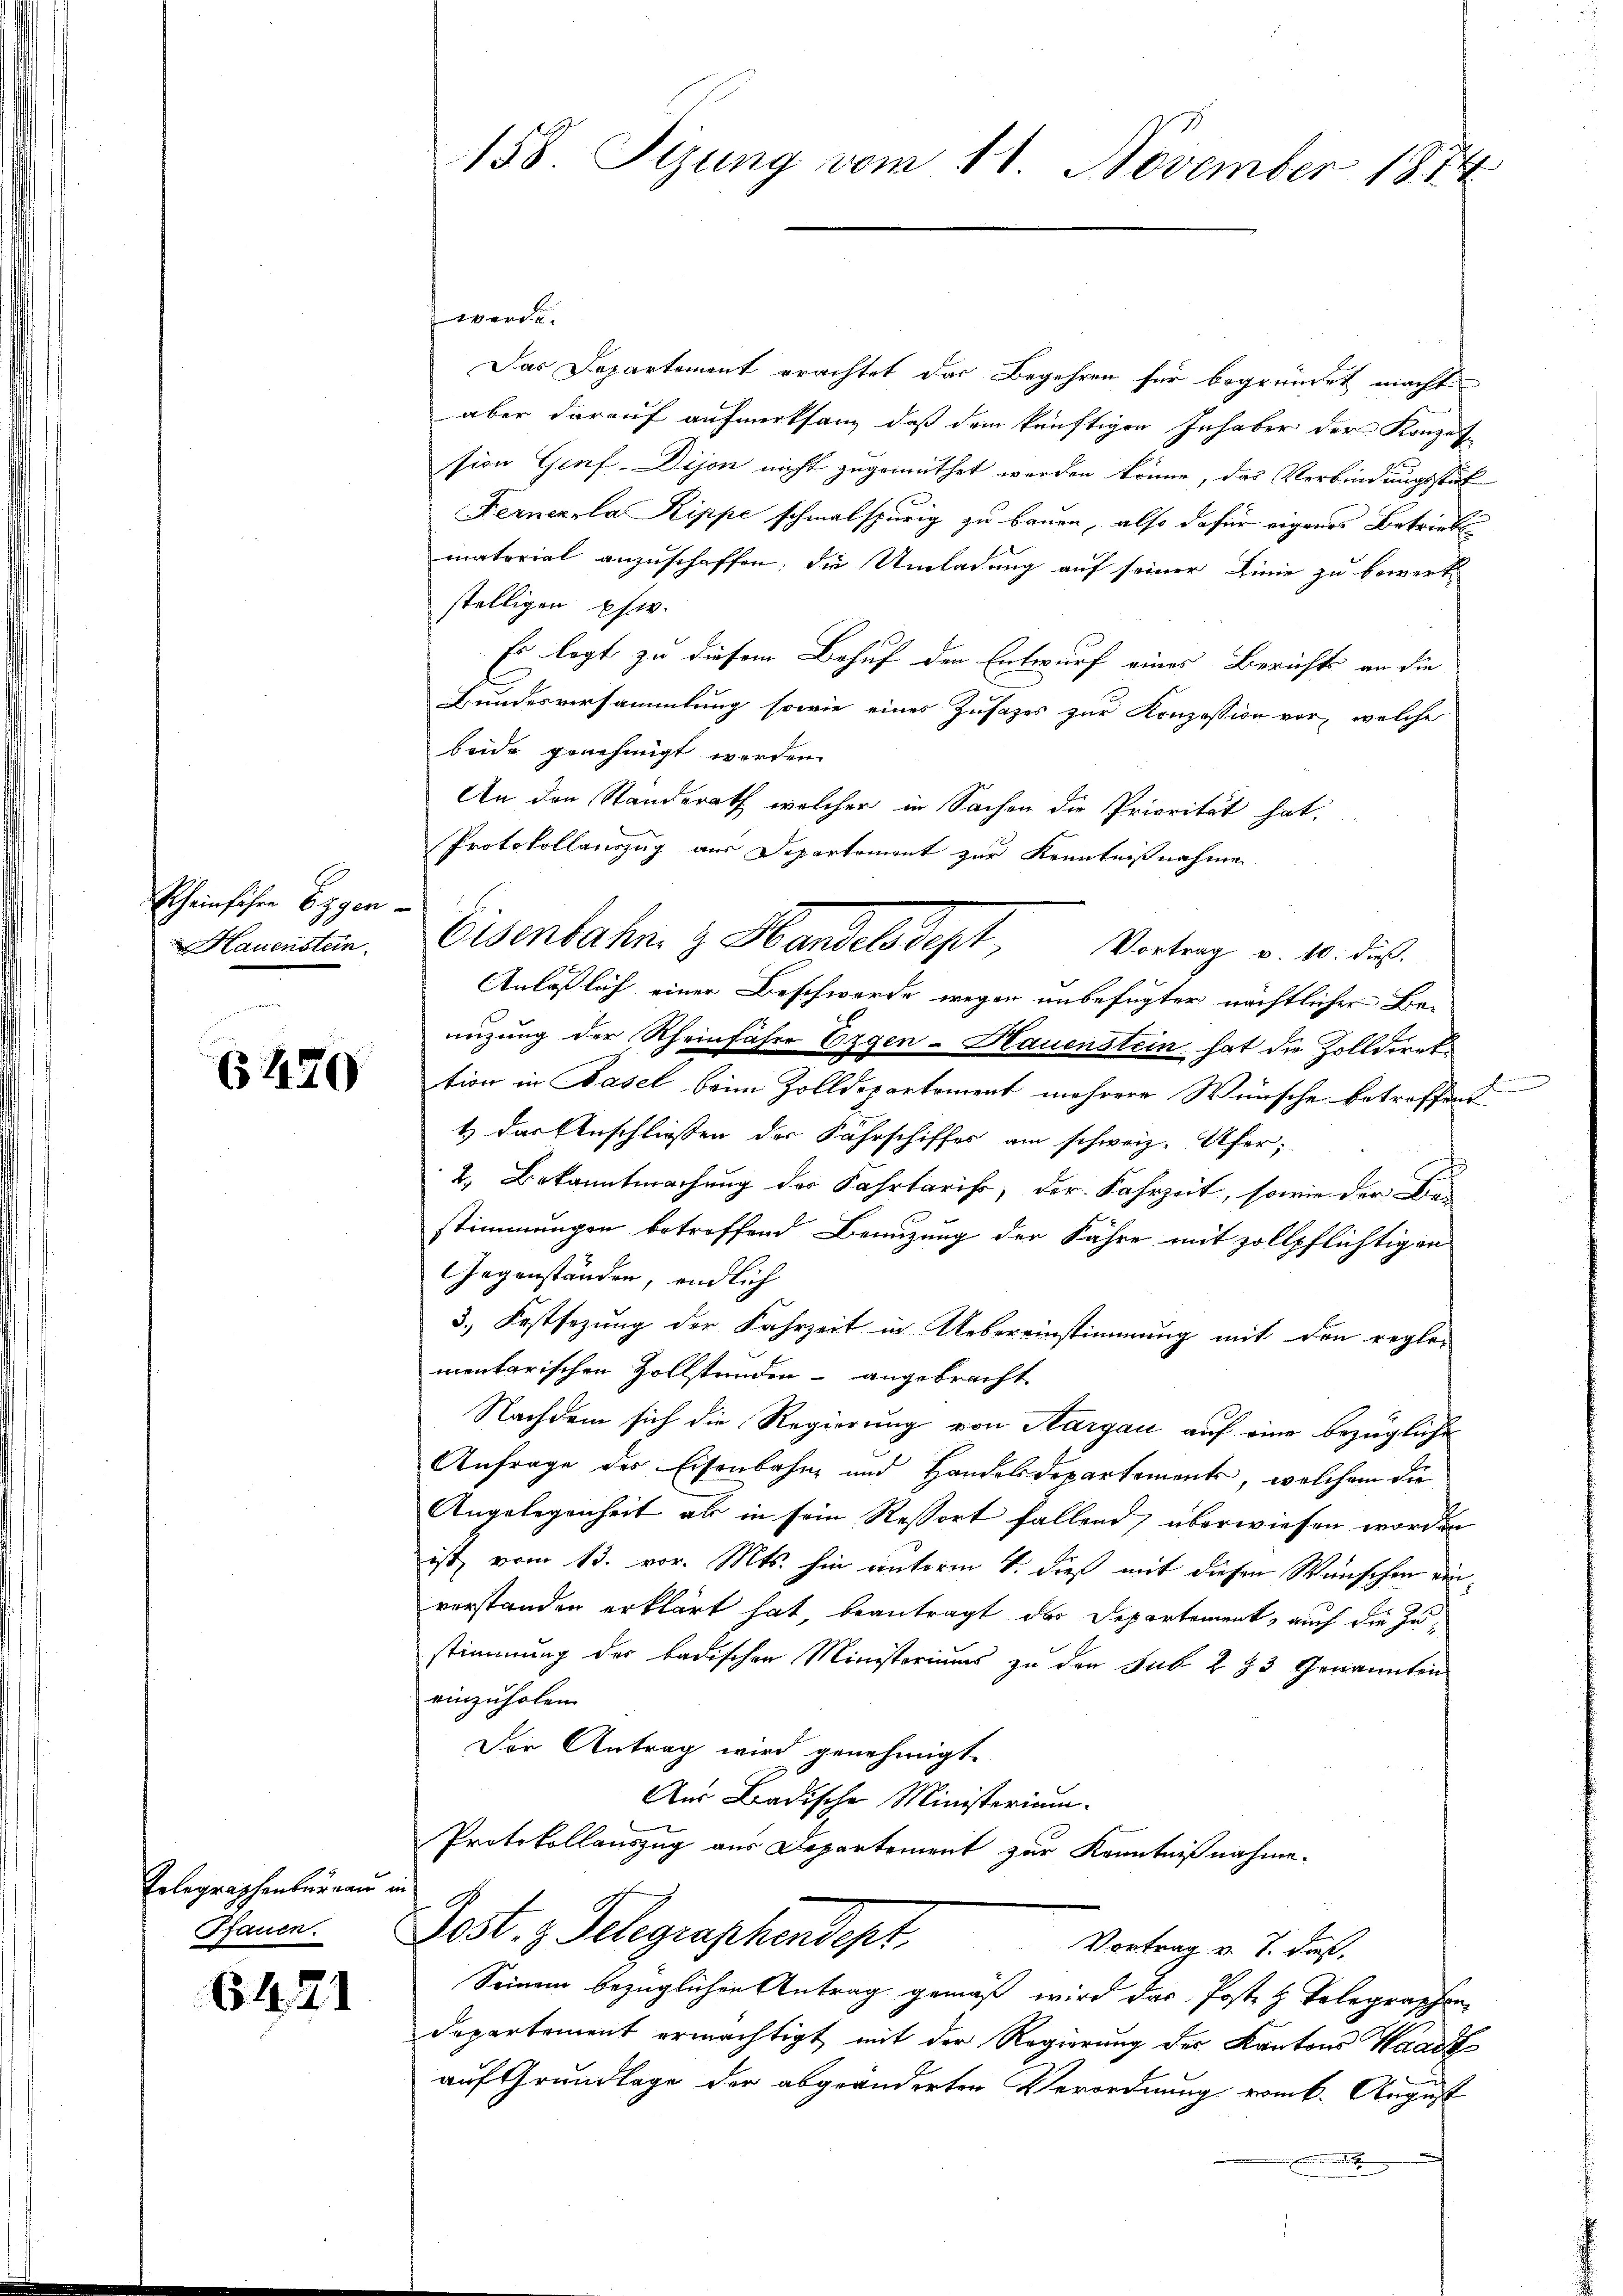
Rheinfahre Eggen-
Hauenstein.

6470

Erlegraphenbureau in
Pfauen.

6471

158 Sizung vom 11. November 1874

twerde
Das Departement erachtet das Begehren für begründet macht
aber darauf aufmerksan, daß dem künftigen Inhaber der Konzess-
sion Genf-Dijon nicht zugemuthet werden könne, das Verbindungsstuf
Ferner la Rippe schmalspurig zu bauen, also dafür eigenes Betriebe
material anzuschaffen; die Umladung auf seiner Linie zu bewerk
stelligen Ehe.
Es legt zu diesem Behuf den Entwurf eines Berichts an die
Bundesversammlung sowie eines Zusatzes zur Konzession vor, welche
beide genehmigt werden.
An den Standerath welcher in Sachen die Priorität hat.
Protokollauszug aus Departement zur Kenntnißnahme
Anläßlich einer Beschwerde wegen unbefugter nächtlicher Benüzung der Rheinfahre Eigen-Hauenstein hat die Zolldirek
tion in Basel beim Zolldepartement mehrere Wünsche betreffend
1 das Anschliessen der Fährschiffes am schweiz. Ufer;
2. Bekanntmachung der Fahrtarifs, der Fahrzeit, sowie der Bestimmungen betreffend Benuzung der Jahre mit zollpflichtigen
Gegenständen, endlich
3.) Festsezung der Fahrzeit in Uebereinstimmung mit den regle-
mentarischen Zollständen angebracht.
Nachdem sich die Regierung von Aargau auf eine bezügliche
Anfrage des Eisenbahn und Handelsdepartements, welchem die
Angelegenheit als in sein Ressort fallend, überwiesen worden
ist, vom 13. vor. Mts. hin unterm 4. dieß mit diesen Wünschen einvorstanden erklärt hat, beantragt das Departement, auch die Zustimmung des badischen Ministeriums zu den Sub 283 Genannten
einzuholen.
Der Antrag wird genehmigt.
Aus Badische Ministerium.
Protokollauszug aus Departement zur Kenntnißnahme.
G
Post. z. Telegraphendept
Vortrag v. J. daß
Seinem bezüglichen Antrag gemäß wird das Poste z. Telegraphen
Departement ermächtigt mit der Regierung des Kantons Waadt
auf Grundlage der abgeänderter Verordnung rank. August

Eisenbahn. z. Handelsdept, Vortrag v. 10. ds.